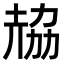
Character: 𠢂